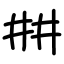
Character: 㐩